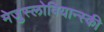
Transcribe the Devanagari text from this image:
मेजुस्लोवियान्स्की